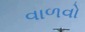
વાળવો